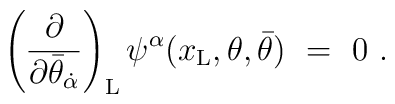
\left({\partial\over \partial \bar\theta_{\dot\alpha} }\right)_{\rm L}\psi^\alpha(x_{\rm L}, \theta, \bar\theta)\ =\ 0\ .